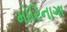
મોરિનાગા